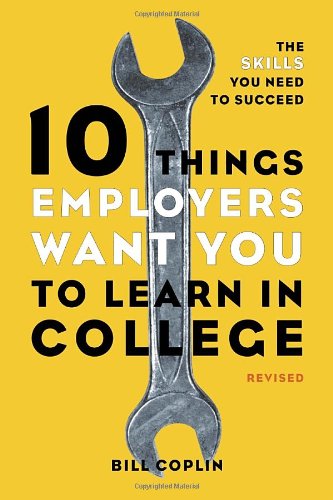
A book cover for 10 Things Employers Want You to Learn in College, Revised: The Skills You Need to Succeed; Bill Coplin; Education & Teaching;